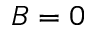
B = 0